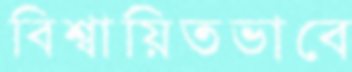
বিশ্বায়িতভাবে